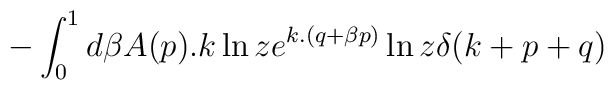
-\int _{0}^{1}d \beta A(p).k \ln z e^{k.(q+\beta p)} \ln z \delta (k+p+q)